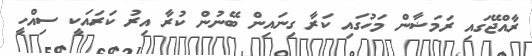
ރާއްޖޭގައި ރަމަޟާން މަހުގައި ކަރާ ގިނައިން ބޭނުން ކުރާ އިރު ކަރައަކީ ސިއްހީ